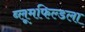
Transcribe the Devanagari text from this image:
ब्लूमफिल्डला